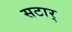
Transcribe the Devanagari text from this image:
सटार्